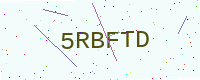
Text: 5RBFTD